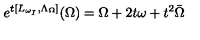
e ^ { t [ L _ { \omega _ { I } } , \Lambda _ { \Omega } ] } ( \Omega ) = \Omega + 2 t \omega + t ^ { 2 } \bar { \Omega }